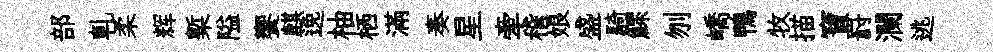
部軋柔辉槧隘饗麒𨓜柚栖滿奏星牽稽娘盛騎鰥刎嶠鴨牧描寶罸瀾逃